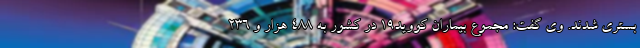
بستری شدند. وی گفت: مجموع بیماران کووید۱۹ در کشور به ۴۸۸ هزار و ۲۳۶